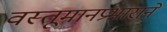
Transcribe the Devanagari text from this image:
वस्तूमानप्रभाराने